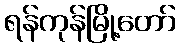
ရန်ကုန်မြို့တော်